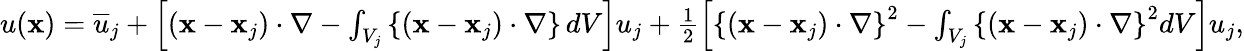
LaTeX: \begin{array}{r}{u({\mathbf x})=\overline{{u}}_{j}+\left[({\mathbf x}-{\mathbf x}_{j})\cdot\nabla-\int_{V_{j}}\left\{ ({\mathbf x}-{\mathbf x}_{j})\cdot\nabla\right\} \, dV\right]u_{j}+\frac{1}{2}\left[\left\{ ({\mathbf x}-{\mathbf x}_{j})\cdot\nabla\right\} ^{2}-\int_{V_{j}}\left\{ ({\mathbf x}-{\mathbf x}_{j})\cdot\nabla\right\} ^{2}dV\right]u_{j},}\end{array}